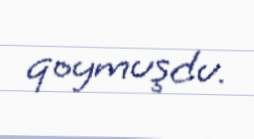
qoymuşdu.